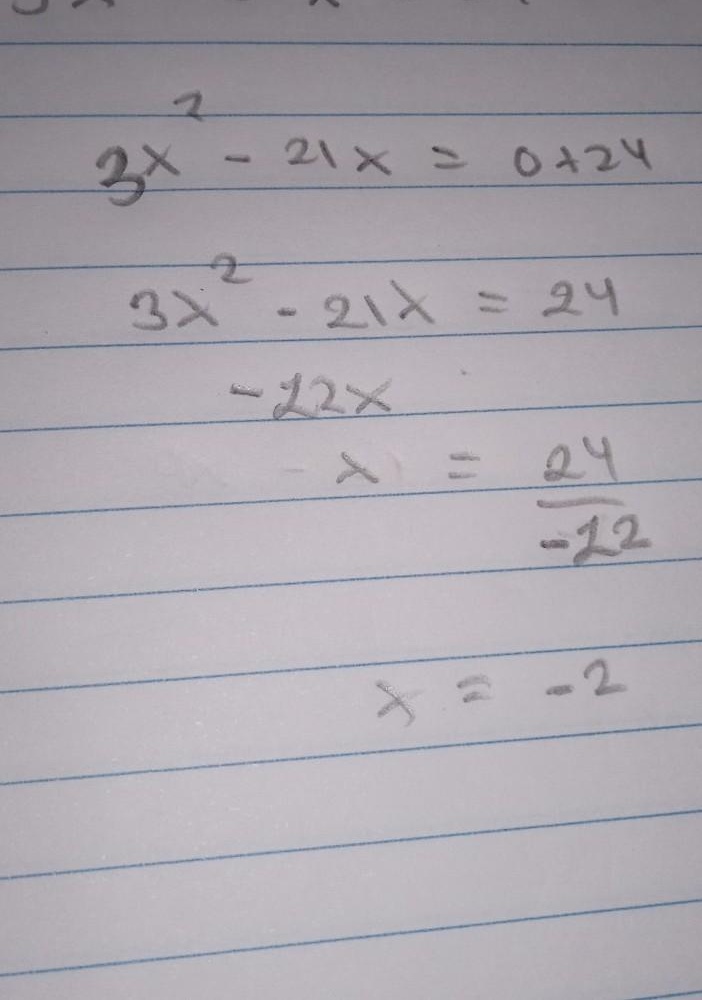
\begin{align*}
3x^{2}-21x&=0 + 24\\
3x^{2}-21x&=24\\
3x^{2}-21x - 24&=0\\
x^{2}-7x - 8&=0\\
(x - 8)(x + 1)&=0
\end{align*}